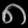
Digit: ၈